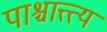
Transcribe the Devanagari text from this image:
पाश्चात्त्त्य